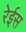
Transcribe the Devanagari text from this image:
रेईस